Vana-Kasaritsa_(Kasaritsa)_vallavalitsus, lk 47
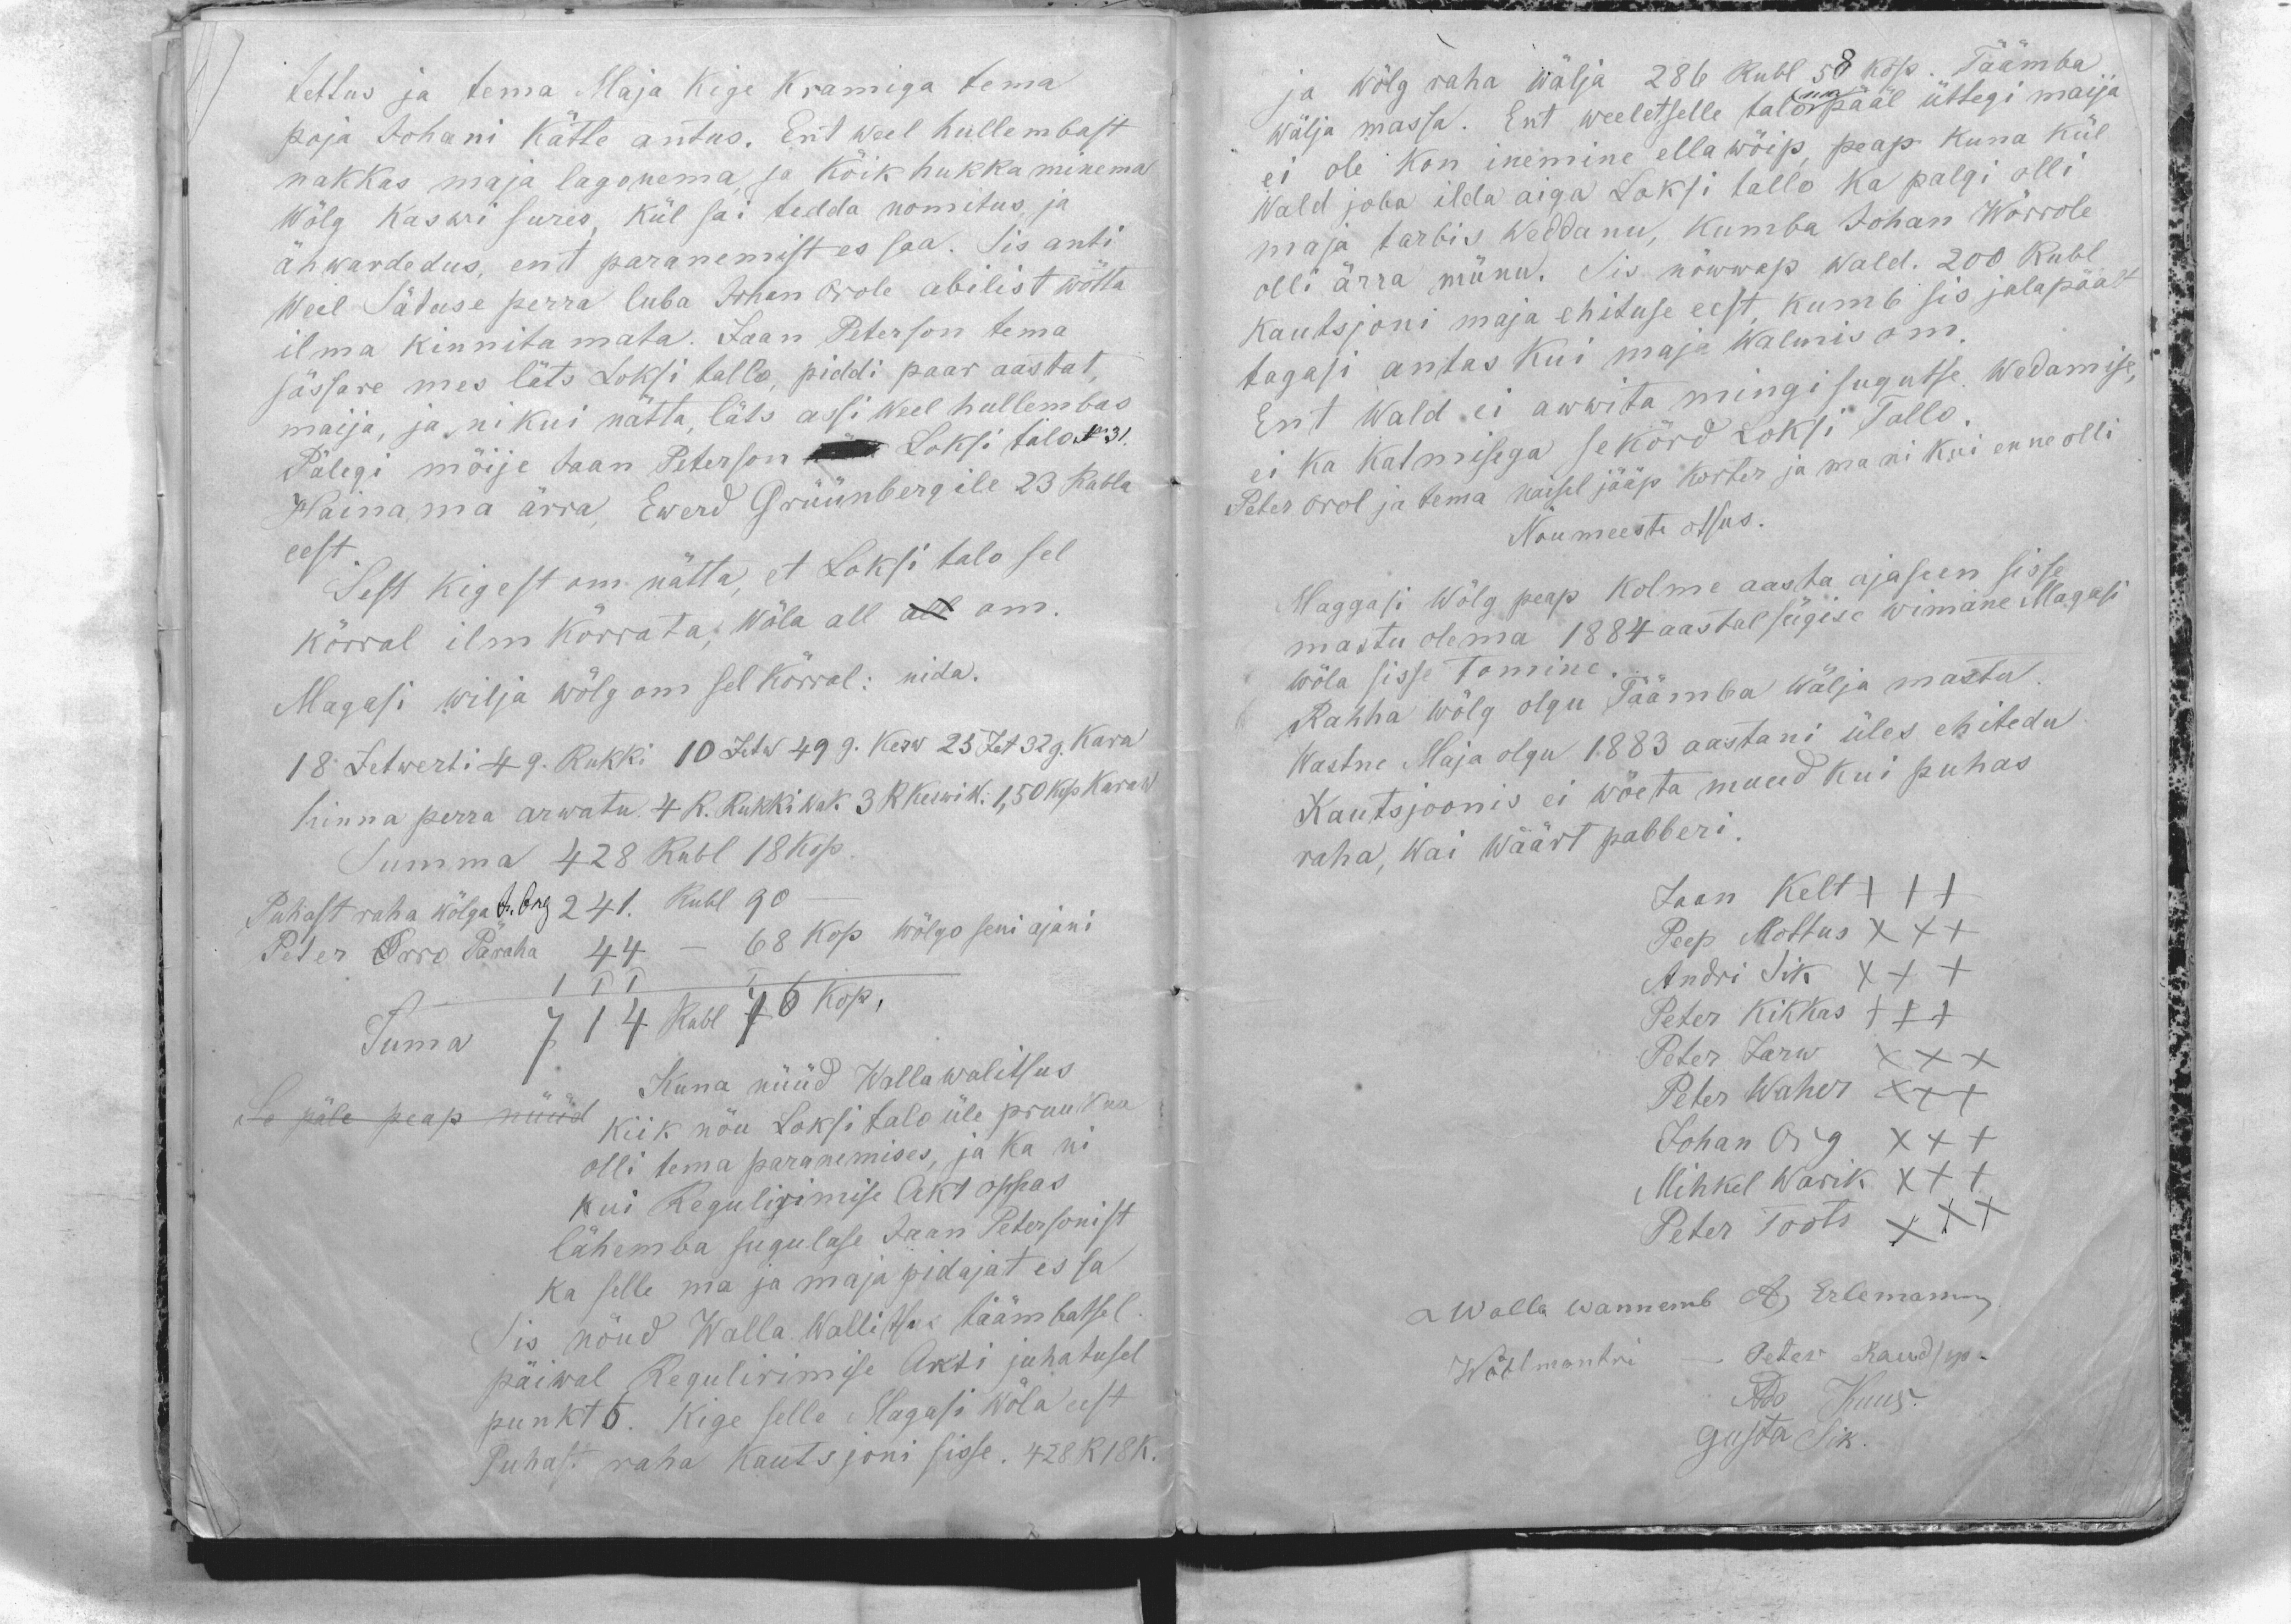
tettus ja tema Maja Kige Kramiga tema
poja Johani Kätte antus. Ent weel hullembast
nakkas maja lagonema ja kõik hukka minema
Wõlg Kaswi sures, kül sai tedda nomitus ja
ähwardedus, ent paranemist es saa. Sis anti
Weel Säduse perra luba Johan Orole abilist wõtta
ilma kinnitamata. Jaan Peterson tema
sõssare mes läts Loksi tallo, piddi paar aastat,
maija, ja nikui nätta läts assi weel hullembas
Pälegi möije Jaan Peterson Loksi talo No 31.
Hainama ärra, Ewerd Grüünbergile 23 Rubla
eest.
Sest kigest om nätta, et Loksi talo sel
kõrral ilm kõrrata; wõla all all om.
Magasi wilja wõlg om sel kõrral: nida.
18 Zetwerti 49. Rukki 10 Zetw 49 G Kesw 23 Zet 32 g Kara
hinna perra arwatu 4 R. Rukki Wak 3 R Keswi W. 1,50 kop. Kara W
Summa 428 Rubl 18 Kop.
Puhast raha wõlga J.Org 241. Rubl 90 -
Peter Orro Päraha 44 - 68 kop wõlgo seni ajani
Summa  714 Rubl 76 kop.
Kuna nüüd Wallawalitsus
Se päle peap nüüd kiik nõu Loksi talo üle pruuknu
olli tema paranemises, ja ka ni
kui Regulirimise Akt oppas
lähemba sugulase Jaan Petersonist
ka selle ma ja maja pidajat es sa
sis nõud Walla Wallitsus täämbatsel
päiwal Regulirimise Akti juhatusel
punkt 6. Kige selle Magasi Wõla eest
Puhast raha kautsjoni sisse. 428 R 18 K.

ja wõlg raha wälja 286 Rubl 58 kop. Täämba
wälja massa. Ent weel et selle talo ma pääl üttegi maija
ei ole kon inemine ella wõip, peap kuna kül
Wald joba ilda aiga Laksi tallo ka palgi olli
maja tarbis Weddanu, kumba Johan Wõrrole
olli ärra münu. Sis nõwwap wald. 200 Rubl
kautsjoni maja ehituse eest, kumb sis jalapäält
tagasi antas kui maja walmis om.
Ent Wald ei awwita mingisugutse Wedamise,
ei ka katmisega se kõrd Loksi Tallo.
Peter Orol ja tema naisel jääp korter ja ma ni kui enne olli
Nõumeeste otsus.
Maggasi Wõlg peap kolme aasta aja seen sisse
mastu olema 1884 aastal sügise wimane Magasi
wõla sisse Tomine.
Rahha wõlg olgu Täämba wälja mastu.
Wastne Maja olgu 1883 aastani üles ehitedu
Kautsjoonis ei wõeta muud kui puhas
raha, wai wäärt paberi.
Jaan Kelt XXX
Peep Mõttus XXX
Andri Sik XXX
Peter Kikkas XXX
Peter Jarw XXX
Peter Waher XXX
Johan Org XXX
Mihkel Warik XXX
Peter Toots XXX
Walla wannemb A) Erlemann
Wöölmuntri - Peter Raudsep
Ado Kuus
Gusta Sik.